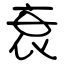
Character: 衰